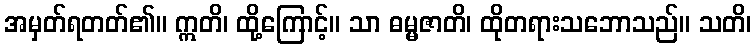
အမှတ်ရတတ်၏။ ဣတိ၊ ထို့ကြောင့်။ သာ ဓမ္မဇာတိ၊ ထိုတရားသဘောသည်။ သတိ၊